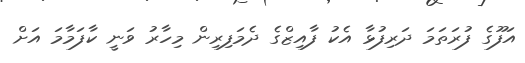
އަފޫގެ ފުރަތަމަ ދަރިފުޅާ އެކު ފާއިޒްގެ ދެމަފިރިން މިހާރު ވަނީ ކާފަމާމަ އަށް